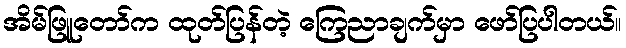
အိမ်ဖြူတော်က ထုတ်ပြန်တဲ့ ကြေညာချက်မှာ ဖော်ပြပါတယ်။